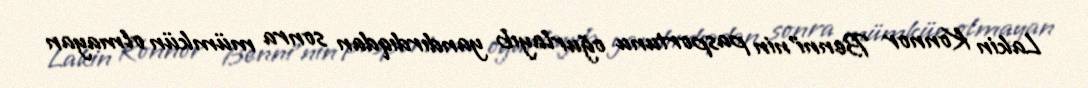
Lakin Konnor Benni'nin pasportunu oğurlayıb yandırdıqdan sonra mümkün olmayan